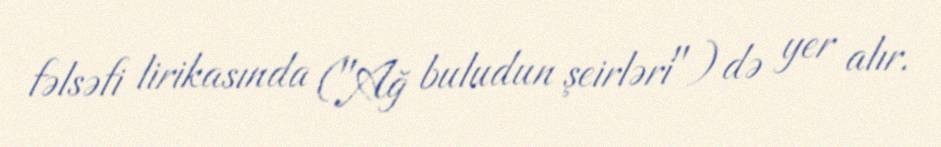
fəlsəfi lirikasında ("Ağ buludun şeirləri") də yer alır.